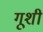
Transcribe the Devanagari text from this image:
गूशी